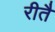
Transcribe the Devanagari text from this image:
रीतै